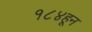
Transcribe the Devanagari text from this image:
१८४हून